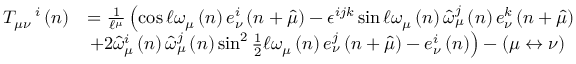
\begin{array} { r l } { T _ { \mu \nu } ^ { \quad i } \left( n \right) } & { = \frac { 1 } { \mathcal { \ell } ^ { \mu } } \left( \cos \mathcal { \ell } \omega _ { \mu } \left( n \right) e _ { \nu } ^ { i } \left( n + \widehat { \mu } \right) - \epsilon ^ { i j k } \sin \mathcal { \ell } \omega _ { \mu } \left( n \right) \widehat { \omega } _ { \mu } ^ { j } \left( n \right) e _ { \nu } ^ { k } \left( n + \widehat { \mu } \right) \right. } \\ & { \left. + 2 \widehat { \omega } _ { \mu } ^ { i } \left( n \right) \widehat { \omega } _ { \mu } ^ { j } \left( n \right) \sin ^ { 2 } \frac { 1 } { 2 } \mathcal { \ell } \omega _ { \mu } \left( n \right) e _ { \nu } ^ { j } \left( n + \widehat { \mu } \right) - e _ { \nu } ^ { i } \left( n \right) \right) - \left( \mu \leftrightarrow \nu \right) } \end{array}